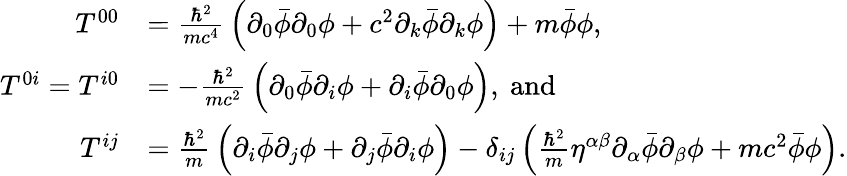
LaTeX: {\begin{array}{rl}{T^{00}}&{={\frac{\hbar^{2}}{mc^{4}}}\left(\partial_{0}{\bar{\phi}}\partial_{0}\phi+c^{2}\partial_{k}{\bar{\phi}}\partial_{k}\phi\right)+m{\bar{\phi}}\phi,}\\ {T^{0i}=T^{i0}}&{=-{\frac{\hbar^{2}}{mc^{2}}}\left(\partial_{0}{\bar{\phi}}\partial_{i}\phi+\partial_{i}{\bar{\phi}}\partial_{0}\phi\right),\ \mathrm{and}}\\ {T^{ij}}&{={\frac{\hbar^{2}}{m}}\left(\partial_{i}{\bar{\phi}}\partial_{j}\phi+\partial_{j}{\bar{\phi}}\partial_{i}\phi\right)-\delta_{ij}\left({\frac{\hbar^{2}}{m}}\eta^{\alpha\beta}\partial_{\alpha}{\bar{\phi}}\partial_{\beta}\phi+mc^{2}{\bar{\phi}}\phi\right).}\end{array}}